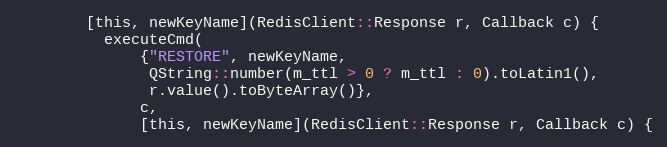
Language: C
        [this, newKeyName](RedisClient::Response r, Callback c) {
          executeCmd(
              {"RESTORE", newKeyName,
               QString::number(m_ttl > 0 ? m_ttl : 0).toLatin1(),
               r.value().toByteArray()},
              c,
              [this, newKeyName](RedisClient::Response r, Callback c) {